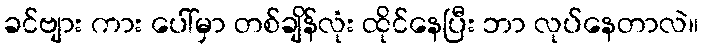
ခင်ဗျား ကား ပေါ်မှာ တစ်ချိန်လုံး ထိုင်နေပြီး ဘာ လုပ်နေတာလဲ။